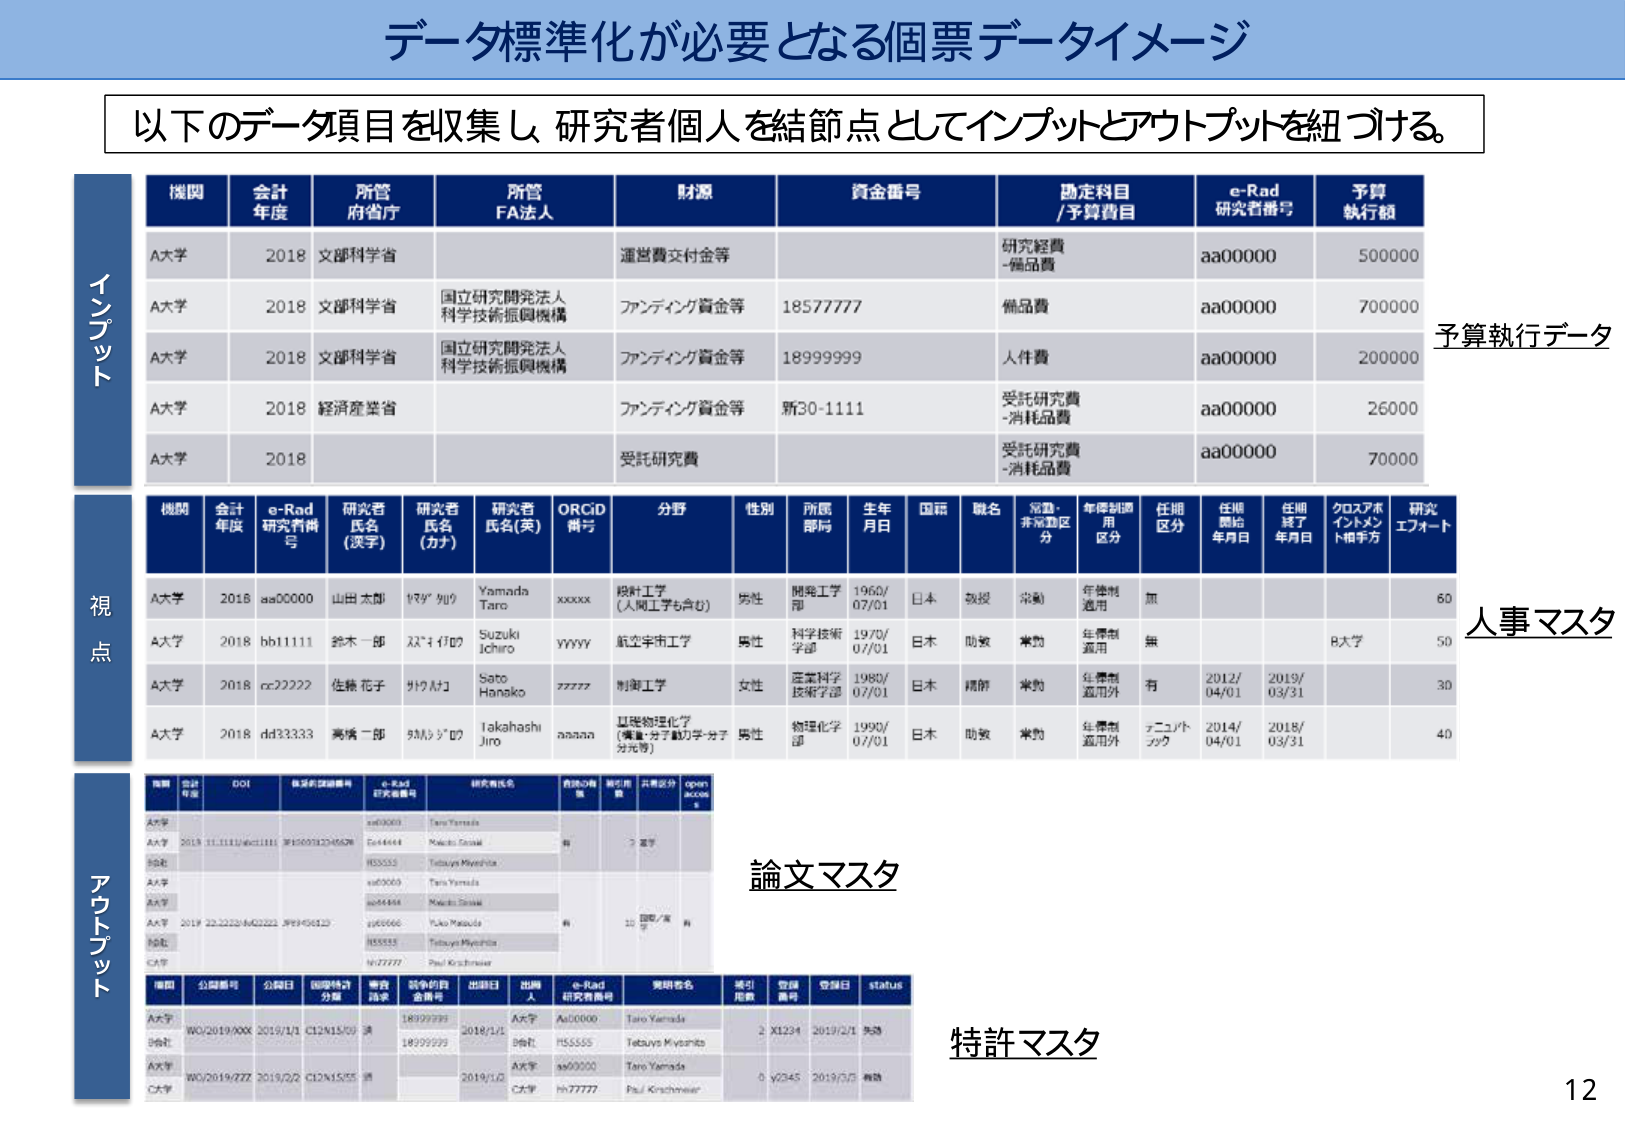
データ標準化が必要となる個票データイメージ

以下のデータ項目を収集し、研究者個人を結節点としてインプットとアウトプットを紐づける。

インプット

機関 会計年度 所管府省庁 所管FA法人 財源 資金番号 勘定科目/予算費目 e-Rad研究者番号 予算執行額
A大学 2018 文部科学省 運営費交付金等 研究経費-備品費 aa00000 500000
A大学 2018 文部科学省 国立研究開発法人科学技術振興機構 ファンディング資金等 18577777 備品費 aa00000 700000
A大学 2018 文部科学省 国立研究開発法人科学技術振興機構 ファンディング資金等 18999999 人件費 aa00000 200000
A大学 2018 経済産業省 ファンディング資金等 新30-1111 受託研究費-消耗品費 aa00000 26000
A大学 2018 受託研究費 受託研究費-消耗品費 aa00000 70000

予算執行データ

視点

機関 会計年度 e-Rad研究者番号 研究者氏名(漢字) 研究者氏名(カナ) 研究者氏名(英) ORCID番号 分野 性別 所属部門 生年月日 国籍 職名 常勤・非常勤区分 年俸制適用区分 任期区分 任期開始年月日 任期終了年月日 クロスアポイントメント相手方 研究エフォート
A大学 2018 aa00000 山田太郎 ヤマダ タロウ Yamada Taro xxxxx 総計工学(人間工学も含む) 男性 開発工学部 1960/07/01 日本 教授 常勤 年俸制適用 無 60
A大学 2018 bb11111 鈴木一郎 スズキ イチロウ Suzuki Ichiro yyyyy 航空宇宙工学 男性 科学技術学部 1970/07/01 日本 助教 常勤 年俸制適用 無 B大学 50
A大学 2018 cc22222 佐藤花子 サトウ カコ Sato Hanako zzzzz 制御工学 女性 産業科学技術学部 1980/07/01 日本 講師 常勤 年俸制適用外 有 2012/04/01 2019/03/31 30
A大学 2018 dd33333 高橋二郎 タカハシ ジロウ Takahashi Jiro aaaaaa 量子物理化学(電気・分子動力学・分子対応等) 男性 物理化学部 1990/07/01 日本 助教 常勤 年俸制適用外 テニュアトラック 2014/04/01 2018/03/31 40

人事マスタ

アウトプット

機関 会計年度 DOI 機関の記録番号 e-Rad研究者番号 研究者氏名 言語の種類 被引用数 共著者数 open access
A大学 aa00000 Taro Yamada
A大学 2018 10.1111/abc1111 3F1500712345678 bb11111 Makoto Suzuki 有 2 電子
A大学 10.2222/def2222 3F99956123 HSSSSS Tetsuya Miyashita
A大学 aa00000 Taro Yamada
A大学 aa00000 Makoto Suzuki
A大学 2019 22.2222/def2222 3F99956123 yy00000 Fuka Matsuda 有 10 国際/電子 有
A大学 HSSSSS Tetsuya Miyashita
C大学 10.77777 Paul Kirschmeier

論文マスタ

機関 公開番号 公開日 国際特許分類 専利請求 訴争的負担額等 出願日 出願人 e-Rad研究者番号 発明者名 操引指数 登録番号 登録日 status
A大学 WO/2019/00X 2019/1/1 CL2N15/09 18999999 2018/1/1 A大学 Aa00000 Taro Yamada 2 X1234 2019/2/1 有効
B会社 18999999 B会社 HSSSSS Tetsuya Miyashita
A大学 WO/2019/ZZZ 2019/2/2 CL2N15/55 18999999 2019/1/2 A大学 aa00000 Taro Yamada 0 y2345 2019/3/5 有効
C大学 hh77777 Paul Kirschmeier

特許マスタ

12